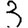
Digit: 3